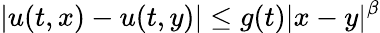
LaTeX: |u(t,x)-u(t,y)|\leq g(t)|x-y|^{\beta}